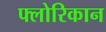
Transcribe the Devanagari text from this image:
फ्लोरिकान